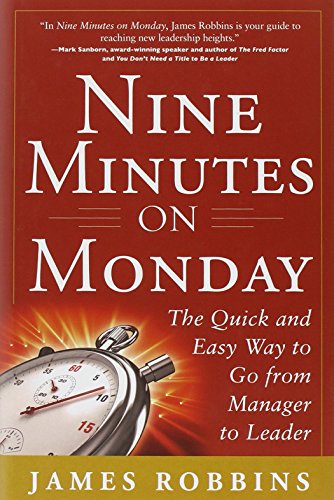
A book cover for Nine Minutes on Monday: The Quick and Easy Way to Go From Manager to Leader; James Robbins; Business & Money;